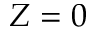
Z = 0